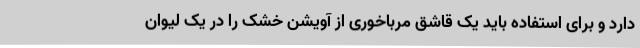
دارد و برای استفاده باید یک قاشق مرباخوری از آویشن خشک را در یک لیوان